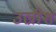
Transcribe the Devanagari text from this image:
उल्रीश